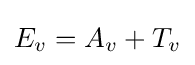
E_{v}=A_{v}+T_{v}